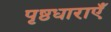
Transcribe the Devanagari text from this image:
पृष्ठधाराएँ